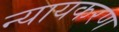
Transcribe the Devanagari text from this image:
न्यायकरण